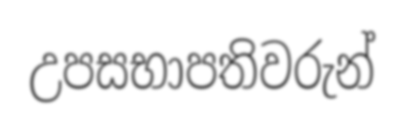
උපසභාපතිවරුන්